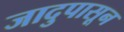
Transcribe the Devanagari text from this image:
जादुपासून